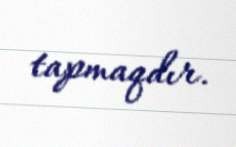
tapmaqdır.